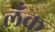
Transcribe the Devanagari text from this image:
लँक